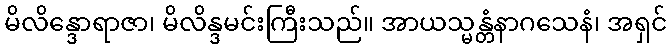
မိလိန္ဒောရာဇာ၊ မိလိန္ဒမင်းကြီးသည်။ အာယသ္မန္တံနာဂသေနံ၊ အရှင်